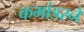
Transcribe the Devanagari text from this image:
कमांडरने